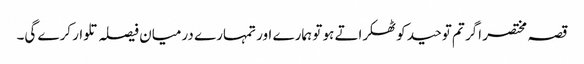
قصہ مختصر اگر تم توحید کو ٹھکراتے ہو تو ہمارے اور تمہارے درمیان فیصلہ تلوار کرے گی۔